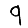
Digit: 9